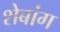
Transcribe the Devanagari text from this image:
शेबांग